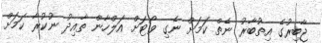
ޖާބިރުގެ އިތުބާރު ނެތް ކަމަށް ނެގި ވޯޓަށް އަލްހާން ތާއިދު ނުކުރާ ކަމަށް